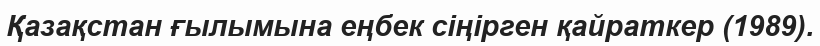
Қазақстан ғылымына еңбек сіңірген қайраткер (1989).